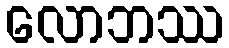
လောဘဿ